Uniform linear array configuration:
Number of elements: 4
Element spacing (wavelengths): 0.5
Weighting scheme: blackman
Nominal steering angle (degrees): -60
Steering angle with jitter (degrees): -58.724
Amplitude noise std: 0.05
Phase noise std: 0.05

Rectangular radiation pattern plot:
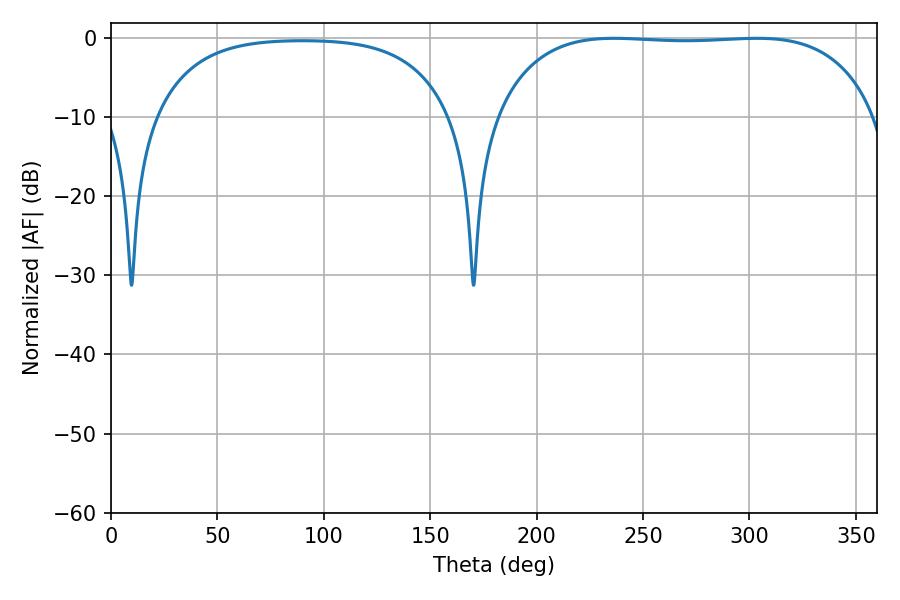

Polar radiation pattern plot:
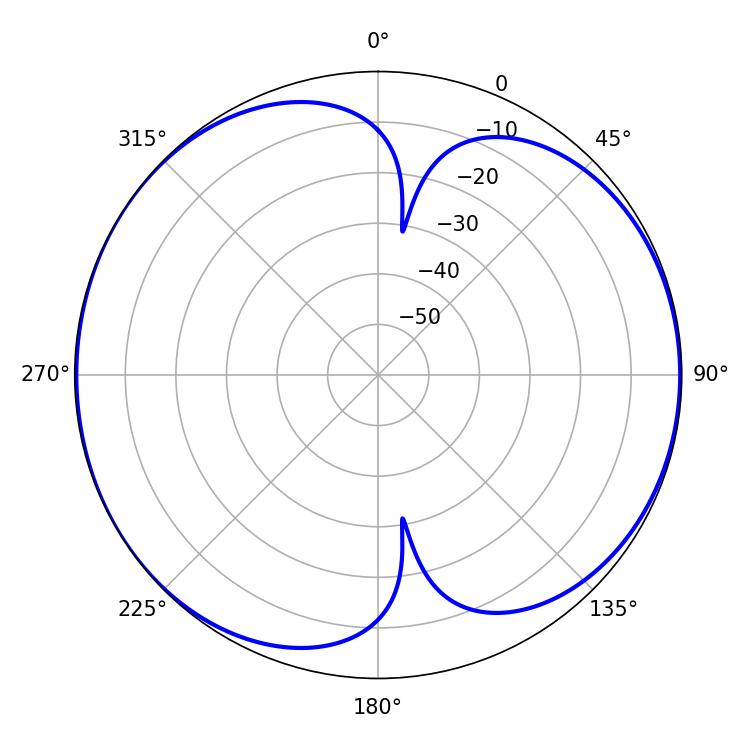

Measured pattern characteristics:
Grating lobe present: FALSE
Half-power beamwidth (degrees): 141.12
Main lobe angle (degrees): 236.34